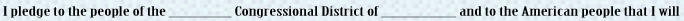
I pledge to the people of the _ Congressional District of _ and to the American people that I will